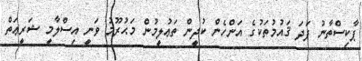
ޕާކިސްތާނު ފަދަ ޤައުމުތަކުގެ އަންހެން ކުދީން ތަޢުލީމުން މަޙުރޫމު ވަނީ އިސްލާމީ ޝަރީޢަތް